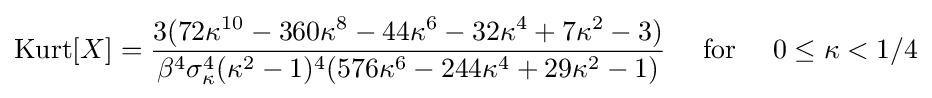
\operatorname {Kurt} [X]={\frac {3(72\kappa ^{10}-360\kappa ^{8}-44\kappa ^{6}-32\kappa ^{4}+7\kappa ^{2}-3)}{\beta ^{4}\sigma _{\kappa }^{4}(\kappa ^{2}-1)^{4}(576\kappa ^{6}-244\kappa ^{4}+29\kappa ^{2}-1)}}\quad {\text{ for }}\quad 0\leq \kappa <1/4